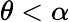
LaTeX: \theta<\alpha